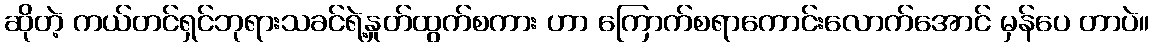
ဆိုတဲ့ ကယ်တင်ရှင်ဘုရားသခင်ရဲ့နှုတ်ထွက်စကား ဟာ ကြောက်စရာကောင်းလောက်အောင် မှန်ပေ တာပဲ။